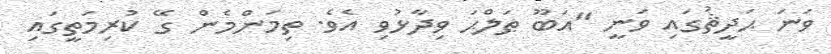
ވަނަ ޙަދީޘުގައި ވަނީ "އަބޫ ޠަލްޙަ ވިދާޅުވި އެވެ. ތިމަންމެން ގޭ ކުރިމަތީގައި